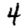
Digit: 4